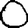
Digit: 0